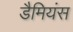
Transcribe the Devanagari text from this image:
डैमियंस